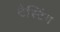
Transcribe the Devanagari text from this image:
टैस्टिंग